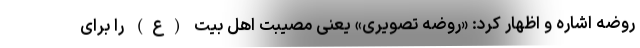
روضه اشاره و اظهار کرد: «روضه تصویری» یعنی مصیبت اهل بیت (ع) را برای